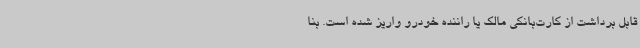
قابل برداشت از کارت‌بانکی مالک یا راننده خودرو واریز شده است. بنا